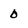
Character: 0